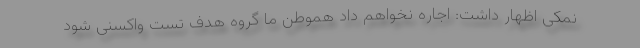
نمکی اظهار داشت: اجاره نخواهم داد هموطن ما گروه هدف تست واکسنی شود